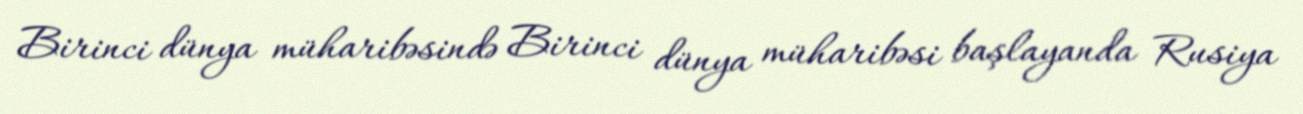
Birinci dünya müharibəsində Birinci dünya müharibəsi başlayanda Rusiya